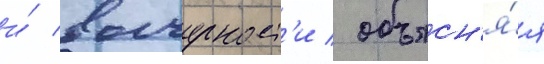
и́ вычурност'и / объясн'я́я